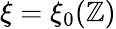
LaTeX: \xi=\xi_{0}(\mathbb{Z})